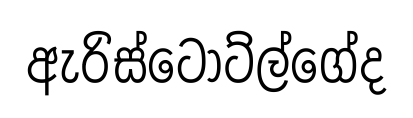
ඇරිස්ටෝට්ල්ගේද